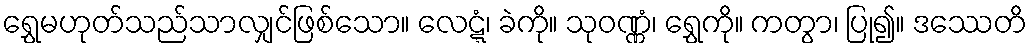
ရွှေမဟုတ်သည်သာလျှင်ဖြစ်သော။ လေဋ္ဋံ၊ ခဲကို။ သုဝဏ္ဏံ၊ ရွှေကို။ ကတွာ၊ ပြု၍။ ဒဿေတိ